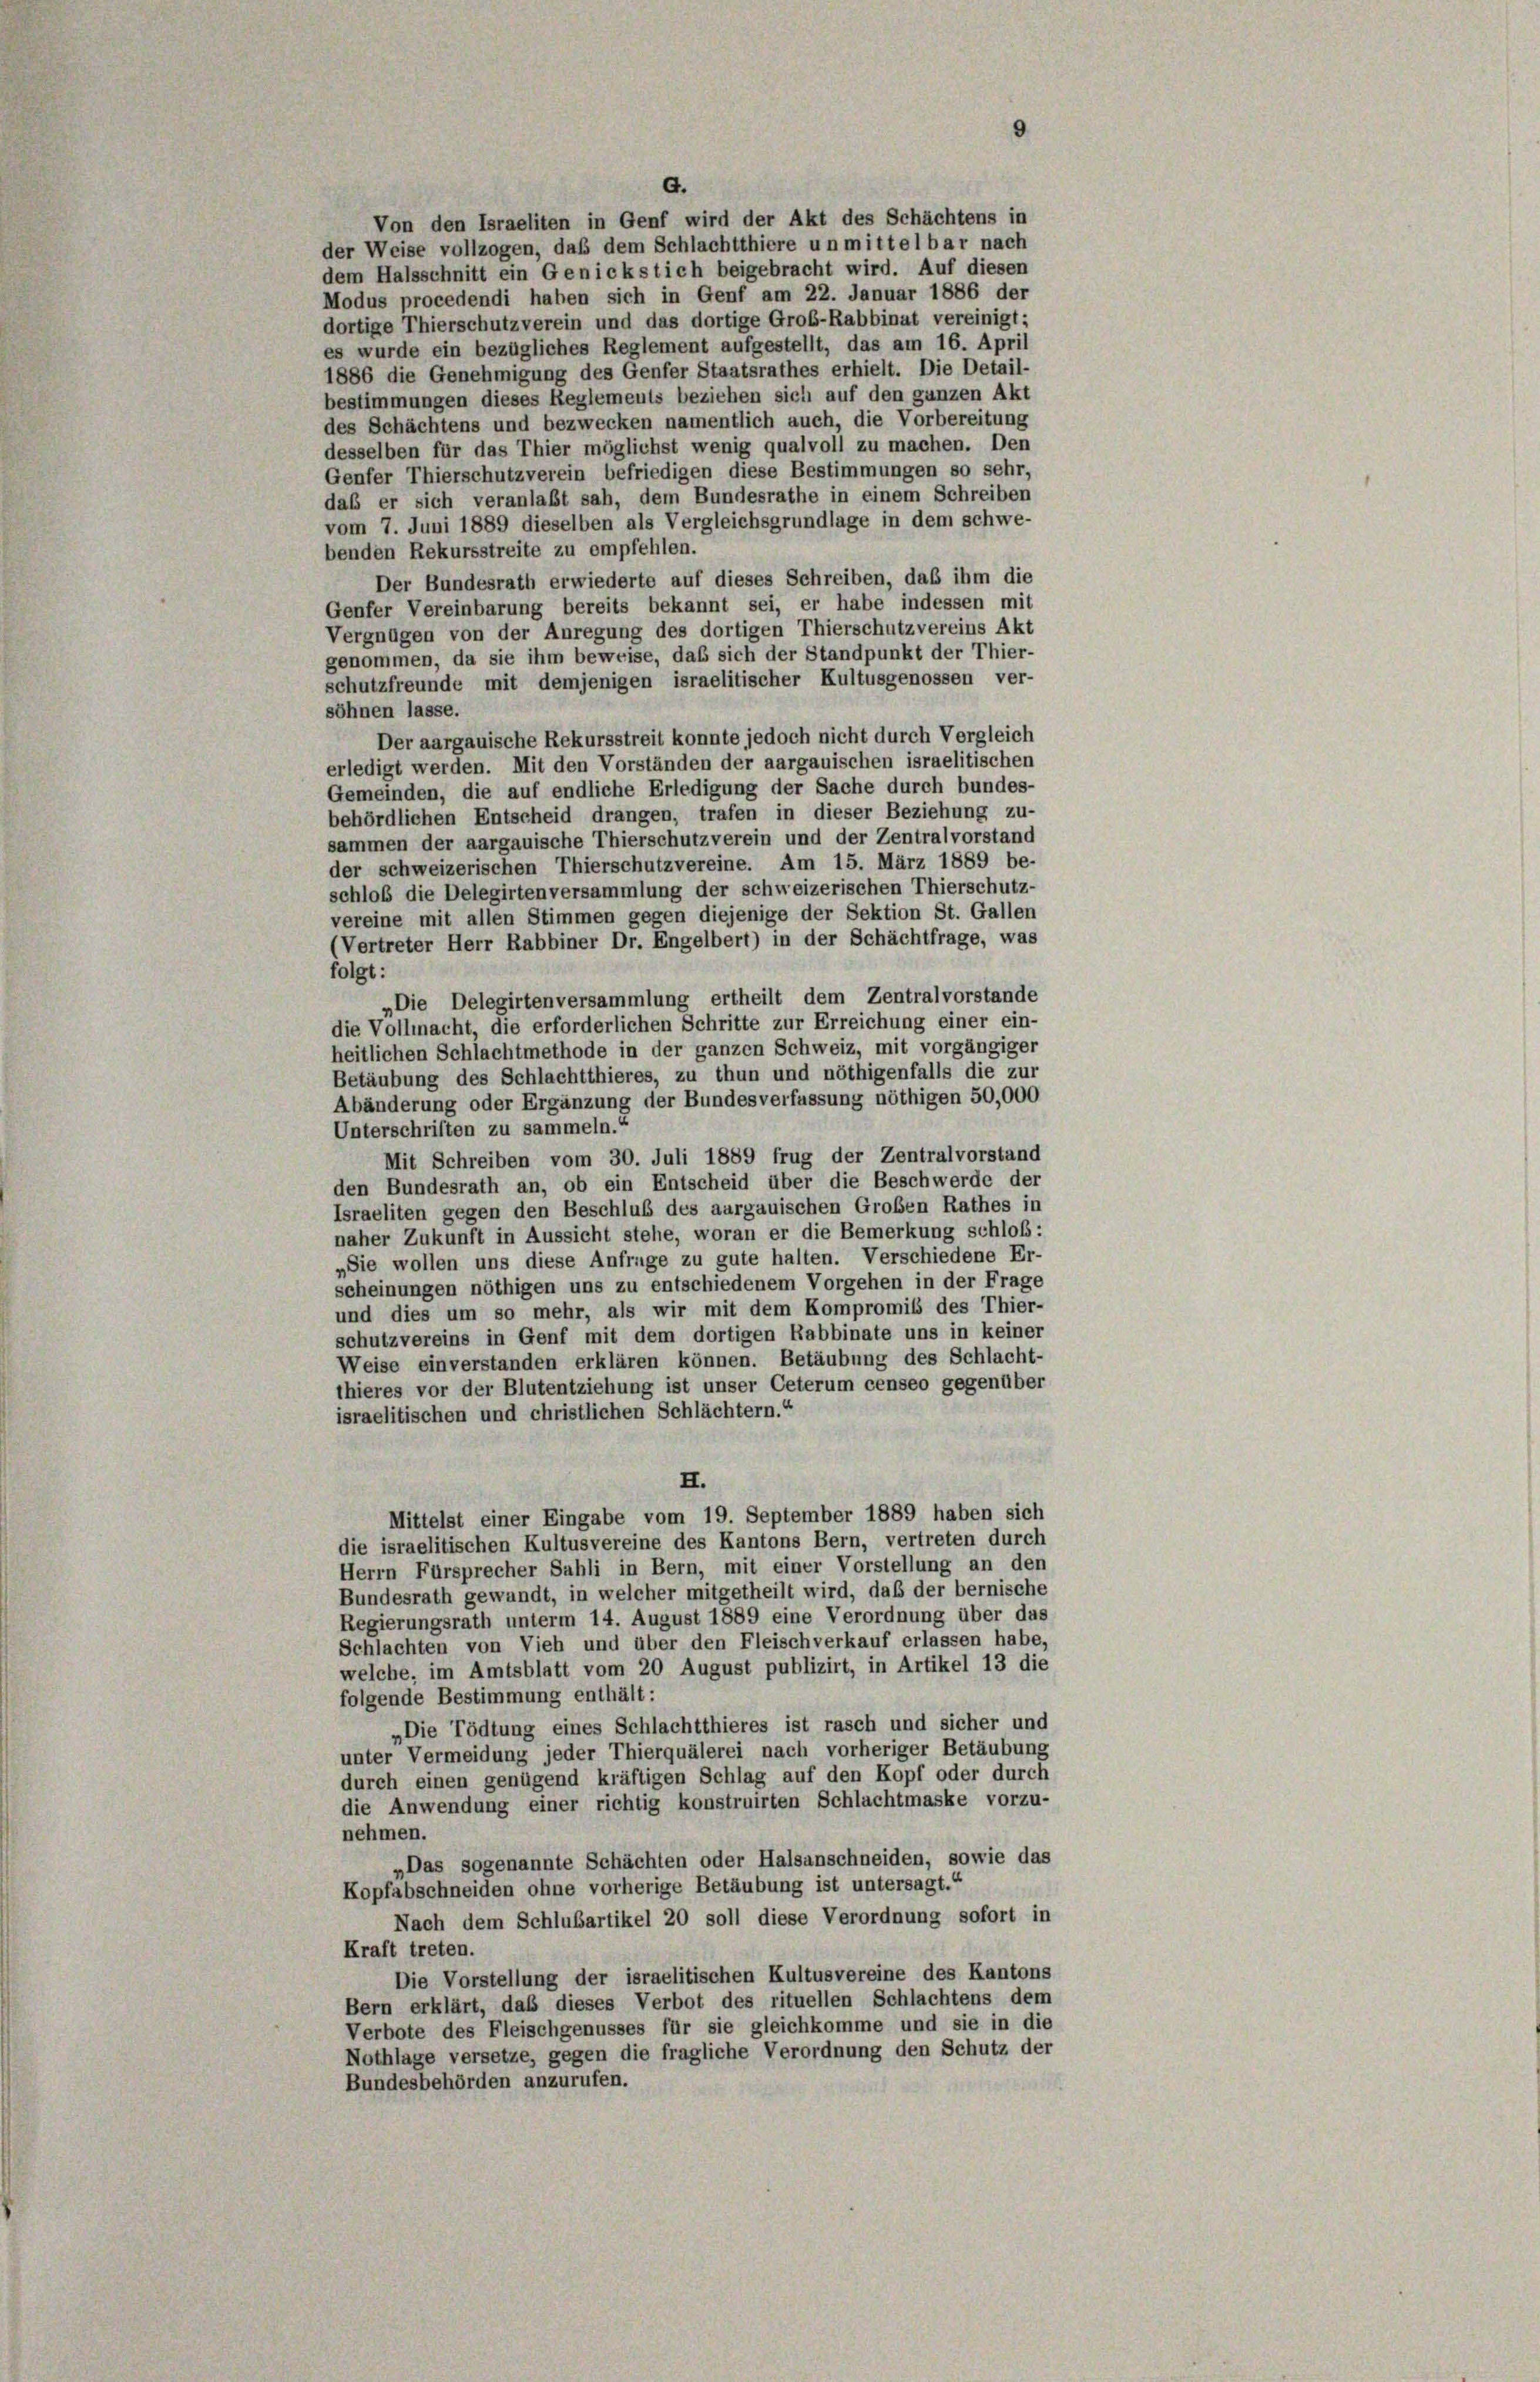
G.
Von den Israeliten in Genf wird der Akt des Schächtens in
der Weise vollzogen, daß dem Schlachtthiere unmittelbar nach
dem Halsschnitt ein Genickstich beigebracht wird. Auf diesen
Modus procedendi haben sich in Genf am 22. Januar 1886 der
dortige Thierschutzverein und das dortige Groß-Rabbinat vereinigt;
es wurde ein bezügliches Reglement aufgestellt, das am 16. April
1886 die Genehmigung des Genfer Staatsrathes erhielt. Die Detail-
bestimmungen dieses Reglements beziehen sich auf den ganzen Akt
des Schächtens und bezwecken namentlich auch, die Vorbereitung
desselben für das Thier möglichst wenig qualvoll zu machen. Den
Genfer Thierschutzverein befriedigen diese Bestimmungen so sehr,
daß er sich veranlaßt sah, dem Bundesrathe in einem Schreiben
vom 7. Juni 1889 dieselben als Vergleichsgrundlage in dem schwe-
benden Rekursstreite zu empfehlen.
Der Bundesrath erwiederte auf dieses Schreiben, daß ihm die
Genfer Vereinbarung bereits bekannt sei, er habe indessen mit
Vergnügen von der Anregung des dortigen Thierschutzvereins Akt
genommen, da sie ihm beweise, daß sich der Standpunkt der Thier-
schutzfreunde mit demjenigen israelitischer Kultusgenossen ver-
söhnen lasse.
Der aargauische Rekursstreit konnte jedoch nicht durch Vergleich
erledigt werden. Mit den Vorständen der aargauischen israelitischen
Gemeinden, die auf endliche Erledigung der Sache durch bundes-
behördlichen Entscheid drangen, trafen in dieser Beziehung zu-
sammen der aargauische Thierschutzverein und der Zentralvorstand
der schweizerischen Thierschutzvereine. Am 15. März 1889 be-
schloß die Delegirtenversammlung der schweizerischen Thierschutz-
vereine mit allen Stimmen gegen diejenige der Sektion St. Gallen
(Vertreter Herr Rabbiner Dr. Engelbert) in der Schächtfrage, was
folgt:
„Die Delegirtenversammlung ertheilt dem Zentralvorstande
die Vollmacht, die erforderlichen Schritte zur Erreichung einer ein-
heitlichen Schlachtmethode in der ganzen Schweiz, mit vorgängiger
Betäubung des Schlachtthieres, zu thun und nöthigenfalls die zur
Abänderung oder Ergänzung der Bundesverfassung nöthigen 50,000
Unterschriften zu sammeln.“
Mit Schreiben vom 30. Juli 1889 frug der Zentralvorstand
den Bundesrath an, ob ein Entscheid über die Beschwerde der
Israeliten gegen den Beschluß des aargauischen Großen Rathes in
naher Zukunft in Aussicht stehe, woran er die Bemerkung schloß:
„Sie wollen uns diese Anfrage zu gute halten. Verschiedene Er-
scheinungen nöthigen uns zu entschiedenem Vorgehen in der Frage
und dies um so mehr, als wir mit dem Kompromib des Thier-
schutzvereins in Genf mit dem dortigen Rabbinate uns in keiner
Weise einverstanden erklären können. Betäubung des Schlacht-
thieres vor der Blutentziehung ist unser Ceterum censeo gegenüber
israelitischen und christlichen Schlächtern.“
I.
Mittelst einer Eingabe vom 19. September 1889 haben sich
die israelitischen Kultusvereine des Kantons Bern, vertreten durch
Herrn Fürsprecher Sahli in Bern, mit einer Vorstellung an den
Bundesrath gewandt, in welcher mitgetheilt wird, daß der bernische
Regierungsrath unterm 14. August 1889 eine Verordnung über das
Schlachten von Vieh und über den Fleisch verkauf erlassen habe,
welche, im Amtsblatt vom 20 August publizirt, in Artikel 13 die
folgende Bestimmung enthält:
„Die Tödtung eines Schlachtthieres ist rasch und sicher und
unter Vermeidung jeder Thierquälerei nach vorheriger Betäubung
durch einen genügend kräftigen Schlag auf den Kopf oder durch
die Anwendung einer richtig konstruirten Schlachtmaske vorzu-
nehmen.
„Das sogenannte Schächten oder Halsanschneiden, sowie das
Kopfabschneiden ohne vorherige Betäubung ist untersagt.“
Nach dem Schlußartikel 20 soll diese Verordnung sofort in
Kraft treten.
Die Vorstellung der israelitischen Kultusvereine des Kantons
Bern erklärt, daß dieses Verbot des rituellen Schlachtens dem
Verbote des Fleischgenusses für sie gleichkomme und sie in die
Nothlage versetze, gegen die fragliche Verordnung den Schutz der
Bundesbehörden anzurufen.